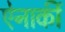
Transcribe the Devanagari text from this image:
ऐनार्की